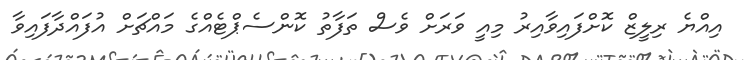
އިއްޔެ ރިލީޒް ކޮށްފައިވާއިރު މިއީ ވަރަށް ވެސް ތަފާތު ކޮންސެޕްޓެއްގެ މައްޗަށް އުފައްދާފައިވާ